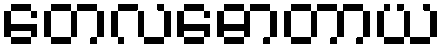
တေလဓောတာယ